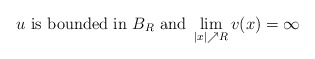
\begin{align*} u\ \mbox{is bounded in}\ B_{R}\ \mbox{and}\ \lim\limits_{|x|\nearrow R}v(x)=\infty\end{align*}